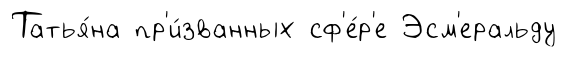
Татья́на пр'и́званных сф'е́р'е Эсм'еральду